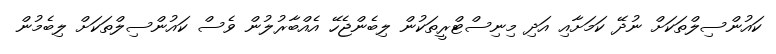
ކައުންސިލްތަކަށް ނުދޭ ކަމަށާއި އަދި މިނިސްޓްރީތަކުން ލިބެންޖެހޭ އެއްބާރުލުން ވެސް ކައުންސިލްތަކަށް ލިބެމުން